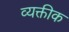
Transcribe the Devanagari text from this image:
व्यक्तीक